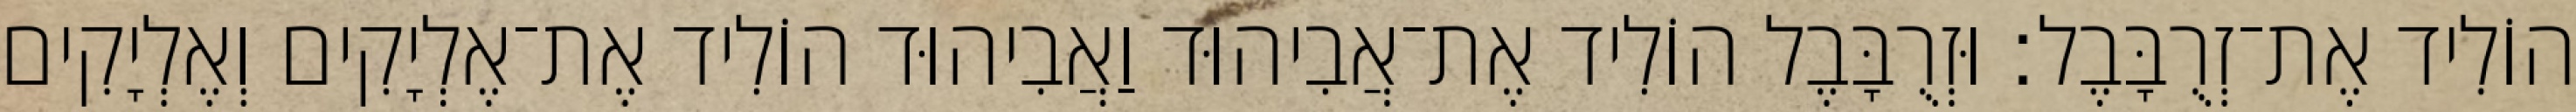
הוֹלִיד אֶת־זְרֻבָּבֶל׃ וּזְרֻבָּבֶל הוֹלִיד אֶת־אֲבִיהוּד וַאֲבִיהוּד הוֹלִיד אֶת־אֶלְיָקִים וְאֶלְיָקִים